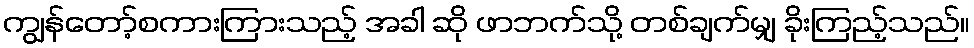
ကျွန်တော့်စကားကြားသည့် အခါ ဆို ဖာဘက်သို့ တစ်ချက်မျှ ခိုးကြည့်သည်။